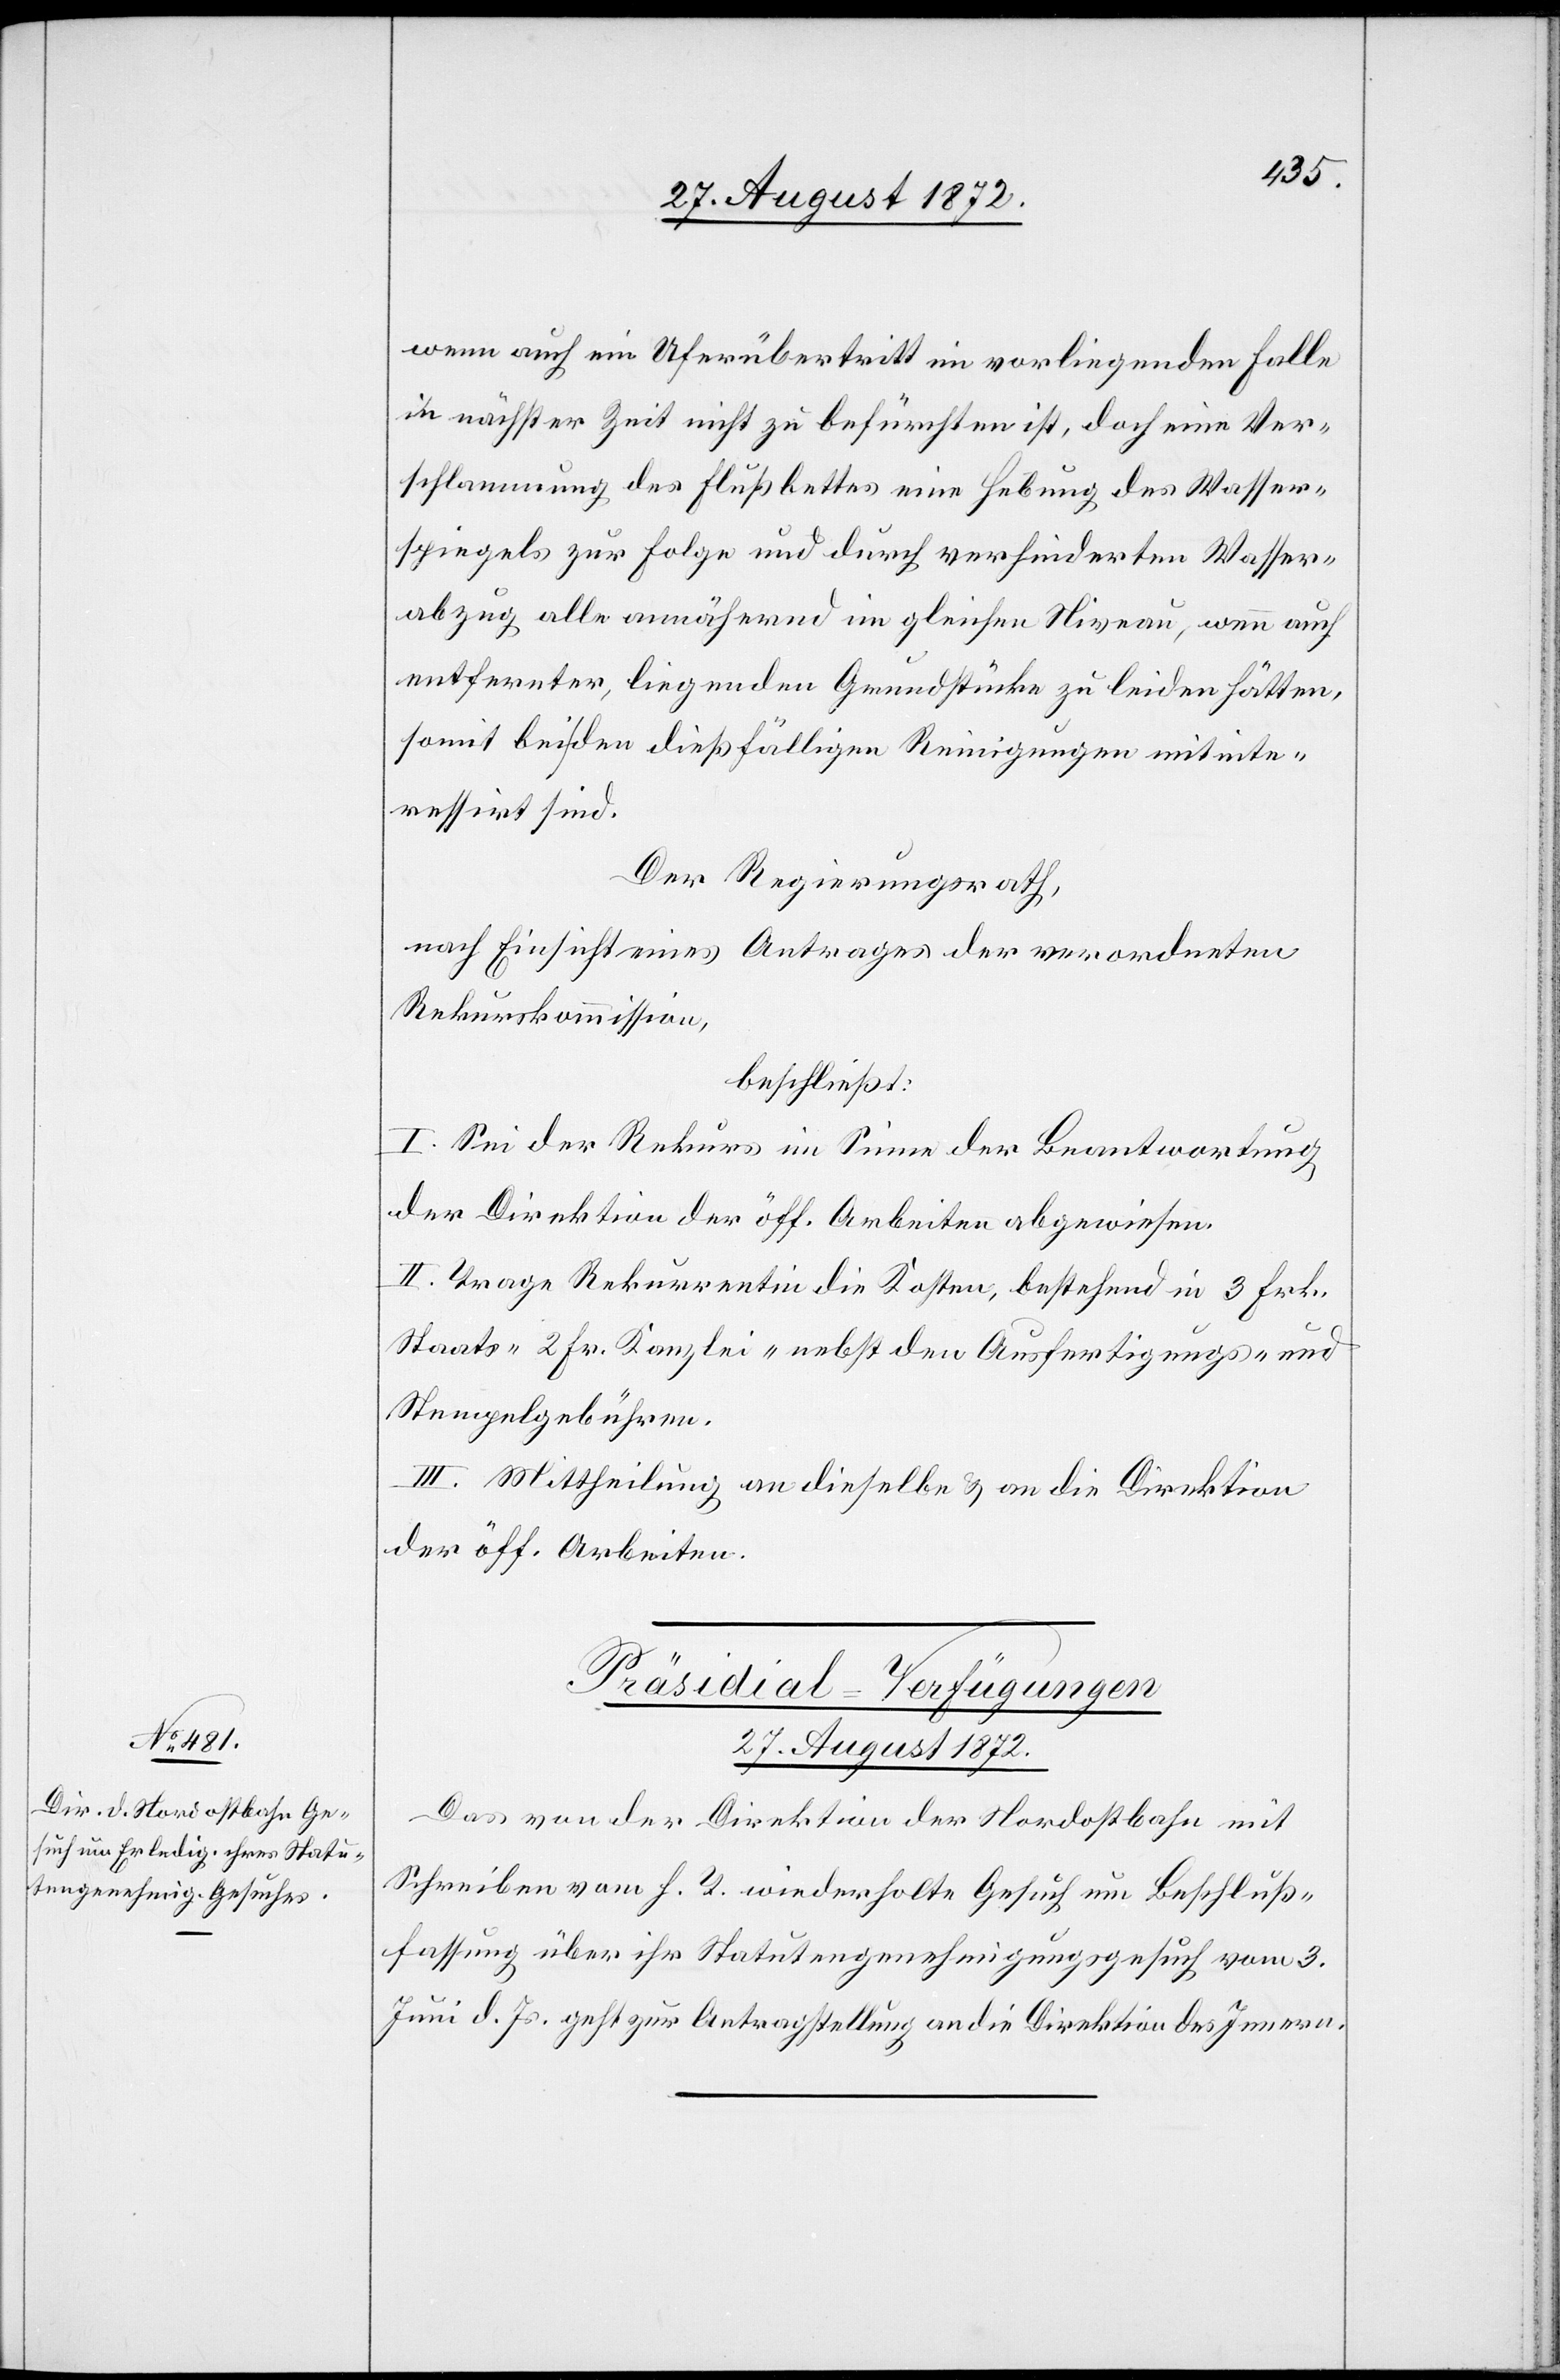
27. August 1872.
wenn auch ein Uferübertritt im vorliegenden Falle
in nächster Zeit nicht zu befürchten ist, doch eine Ver¬
schlammung des Flußbettes eine Hebung des Wasser¬
spiegels zur Folge und durch verhinderten Wasser¬
abzug alle annähernd im gleichen Niveau, wenn auch
entfernter liegenden Grundstücke zu leiden hätten,
somit bei den dießfälligen Reinigungen mitinte¬
ressirt sind.
Der Regierungsrath,
nach Einsicht eines Antrages der verordneten
Rekurskommission,
beschließt:
I. Sei der Rekurs im Sinne der Beantwortung
der Direktion der öff. Arbeiten abgewiesen.
II. Trage Rekurrentin die Kosten, bestehend in 3 Frk.
Staats-[,] 2 Fr. Kanzlei-[,] nebst den Ausfertigungs- und
Stempelgebühren.
III. Mittheilung an dieselbe u. an die Direktion
der öff. Arbeiten.
Präsidial-Verfügungen
Das von der Direktion der Nordostbahn mit
Schreiben vom h. T. wiederholte Gesuch um Beschluß¬
fassung über ihr Statutengenehmigungsgesuch vom 3.
Juni d. Js. geht zur Antragstellung an die Direktion des Innern.